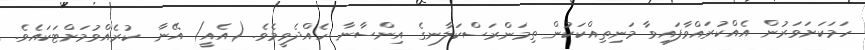
ހަމަކަށަވަރުން އެއްކުރައްވާފައިވާ މަނިތިއްކަކުން ތިމަންރަސްކަލާނގެ އިންސާނާ ހެއްދެވީމެވެ. (އެއީ) އޭނާ  ކުރެއްވުމަށްޓަކައެވެ.